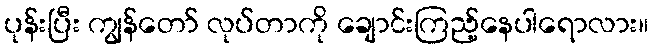
ပုန်းပြီး ကျွန်တော် လုပ်တာကို ချောင်းကြည့်နေပါရောလား။